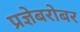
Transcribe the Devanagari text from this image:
प्रज्ञेबरोबर